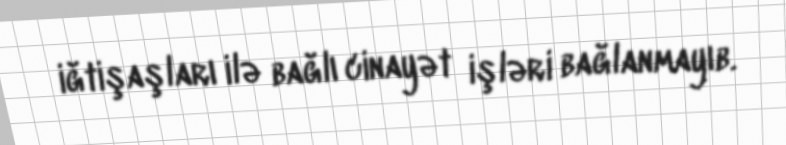
iğtişaşları ilə bağlı cinayət işləri bağlanmayıb.